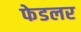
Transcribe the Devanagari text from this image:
फेडलर